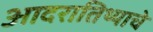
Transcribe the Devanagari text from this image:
आदरातिथ्याचे